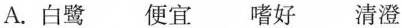
A.白鹭 便宜嗜好 清澄